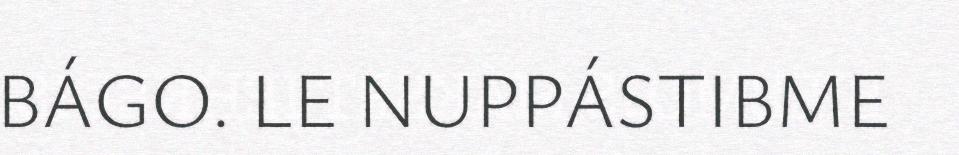
BÁGO. LE NUPPÁSTIBME